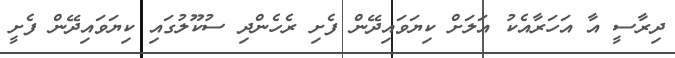
ދިރާސީ އާ އަހަރާއެކު އަލަށް ކިޔަވައިދޭން ފެށި ރެހެންދި ސުކޫލުގައި ކިޔަވައިދޭން ފެށީ